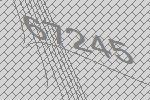
67245